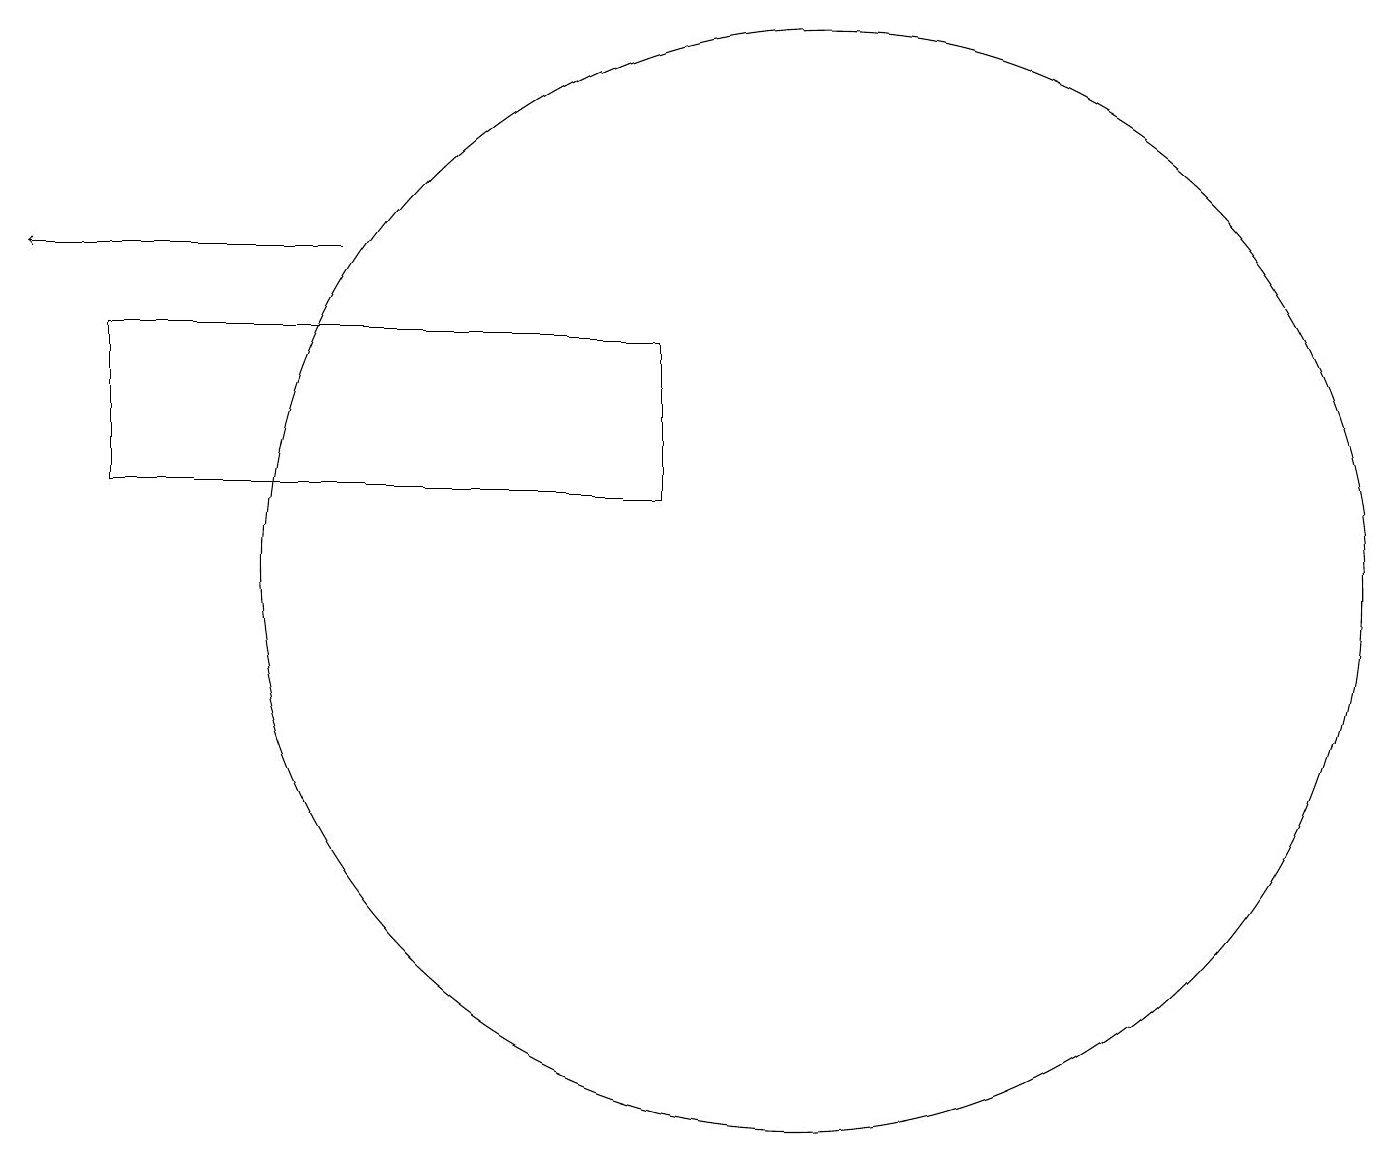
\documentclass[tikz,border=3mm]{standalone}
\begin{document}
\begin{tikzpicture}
\draw[->] (4,15) -- (0,15);
\draw (1,14) rectangle (8,12);
\draw (10,11) circle (7);
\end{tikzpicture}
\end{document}